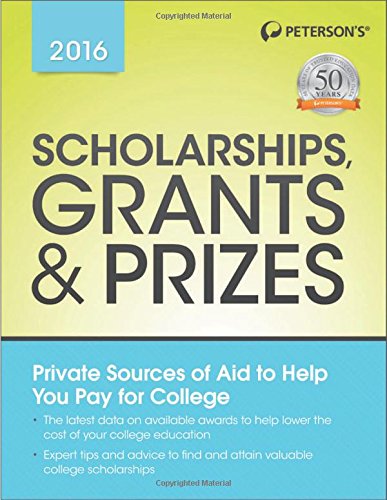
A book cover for Scholarships, Grants & Prizes 2016 (Peterson's Scholarships, Grants & Prizes); Peterson's; Education & Teaching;